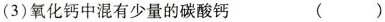
(3)氧化钙中混有少量的碳酸钙 ( )